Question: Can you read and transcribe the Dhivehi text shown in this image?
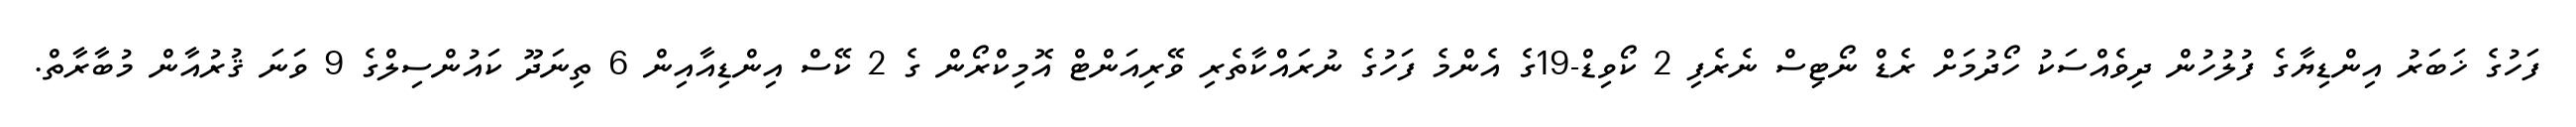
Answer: ފަހުގެ ޚަބަރު އިންޑިޔާގެ ފުލުހުން ދިވެއްސަކު ހޯދުމަށް ރެޑް ނޯޓިސް ނެރެފި 2 ކޯވިޑް-19ގެ އެންމެ ފަހުގެ ނުރައްކާތެރި ވޭރިއަންޓް އޮމިކްރޯން ގެ 2 ކޭސް އިންޑިއާއިން 6 ތިނަދޫ ކައުންސިލްގެ 9 ވަނަ ޤުރުއާން މުބާރާތް.